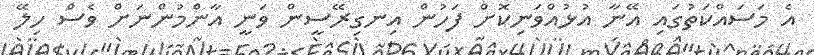
އެ މަސައްކަތުގައި އޭނާ އުޅުއްވަނިކޮށް ފަހުން އިނގިރޭސީން ވަނީ އާންމުންނަށް ވެސް ހިލޭ